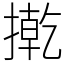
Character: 㨴